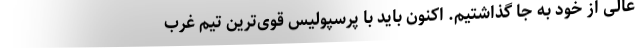
عالی از خود به جا گذاشتیم. اکنون باید با پرسپولیس قوی‌ترین تیم غرب